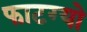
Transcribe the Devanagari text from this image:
फाटग्यो